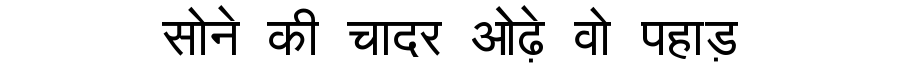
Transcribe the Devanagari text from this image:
सोने की चादर ओढ़े वो पहाड़